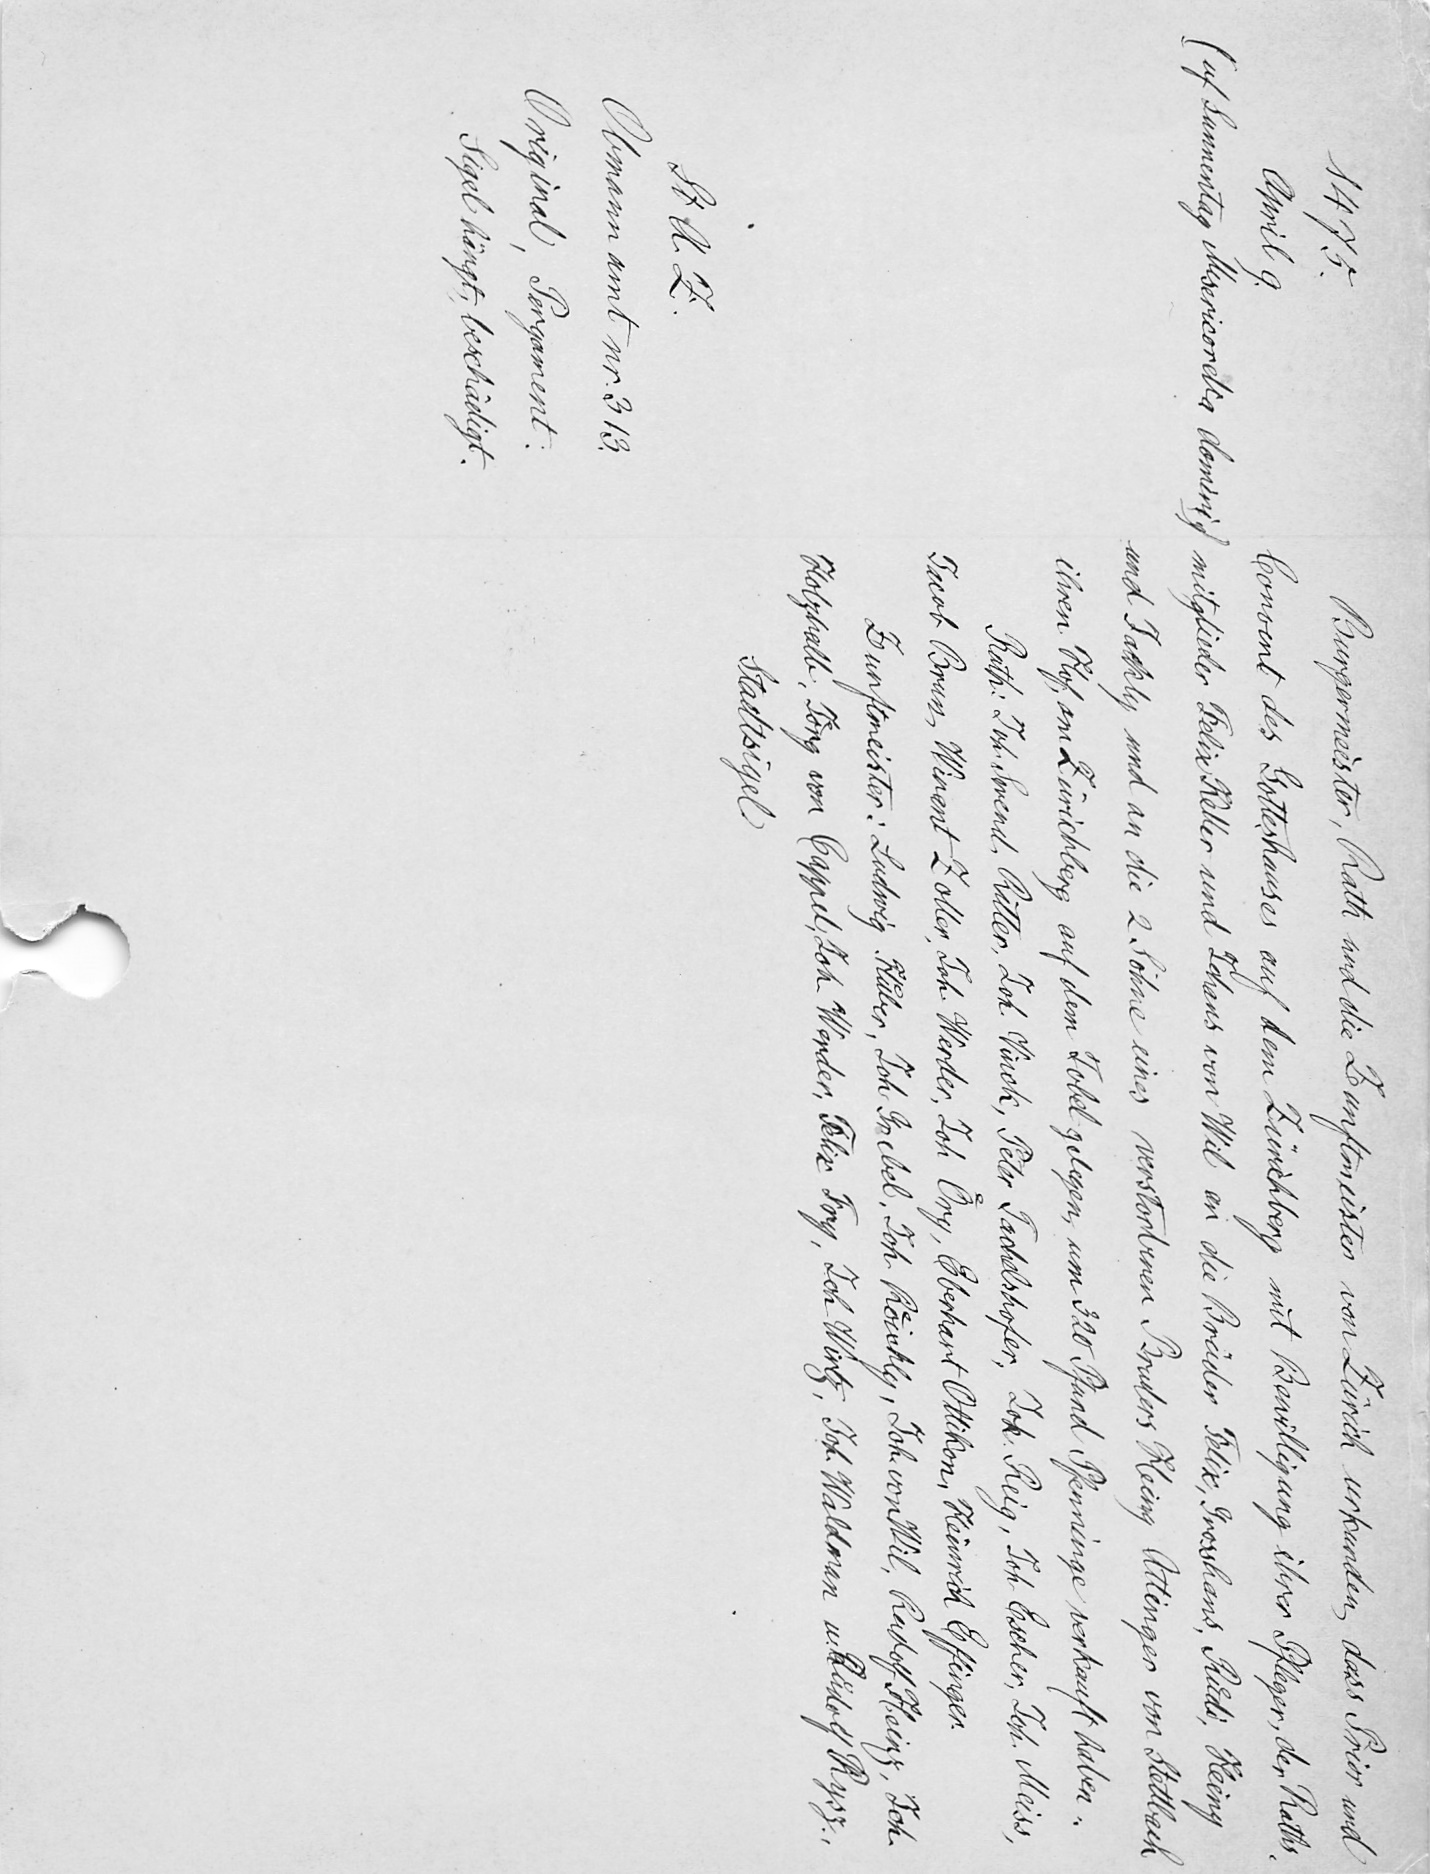
Burgermeister, Rath und die Zunftmeister von Zürich urkunden, dass Prior und
Convent des Gotteshauses auf dem Zürichberg mit Bewilligung ihrer Pfleger, der Raths¬
mitglieder Felix Keller und Johans von Wil an die Brüder Felix, Grosshans, Ruͤdi, Heiny
und Jackly und an die 2 Söhne eines verstorbenen Bruders Heiny Ottinger von Stettbach
ihren Hof am Zürichberg auf dem Tobel gelegen, um 320 Pfund Pfenninge verkauft haben.
Rath: Joh. Swend, Ritter, Joh. Vinck, Peter Tachelshofer, Jak. Reig, Joh. Escher, Joh. Meiss,
Jacob Brun, Winant Zoller, Joh. Werder, Joh. Oͤry, Eberhart Ottikon, Heinrich Effinger.
Zunftmeister: Ludwig Huͦber, Joh. Grebel, Joh. Roͤichly, Joh. von Wil, Rudolf Heinz, Joh.
Holzhalb, Joͤrg von Cappel, Johann Werder, Felix Fry, Joh. Wirtz, Joh. Waldman u. Ruͦdolf Rysz.
Stadtsigel.

1475.
April 9.
(uf Sunnentag Misericordia domini.)
St. A. Z.
Obmannamt nr. 313.
Original, Pergament.
Sigel hängt, beschädigt.